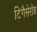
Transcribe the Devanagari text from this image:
टिगैसेरॉड